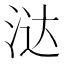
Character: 㳠